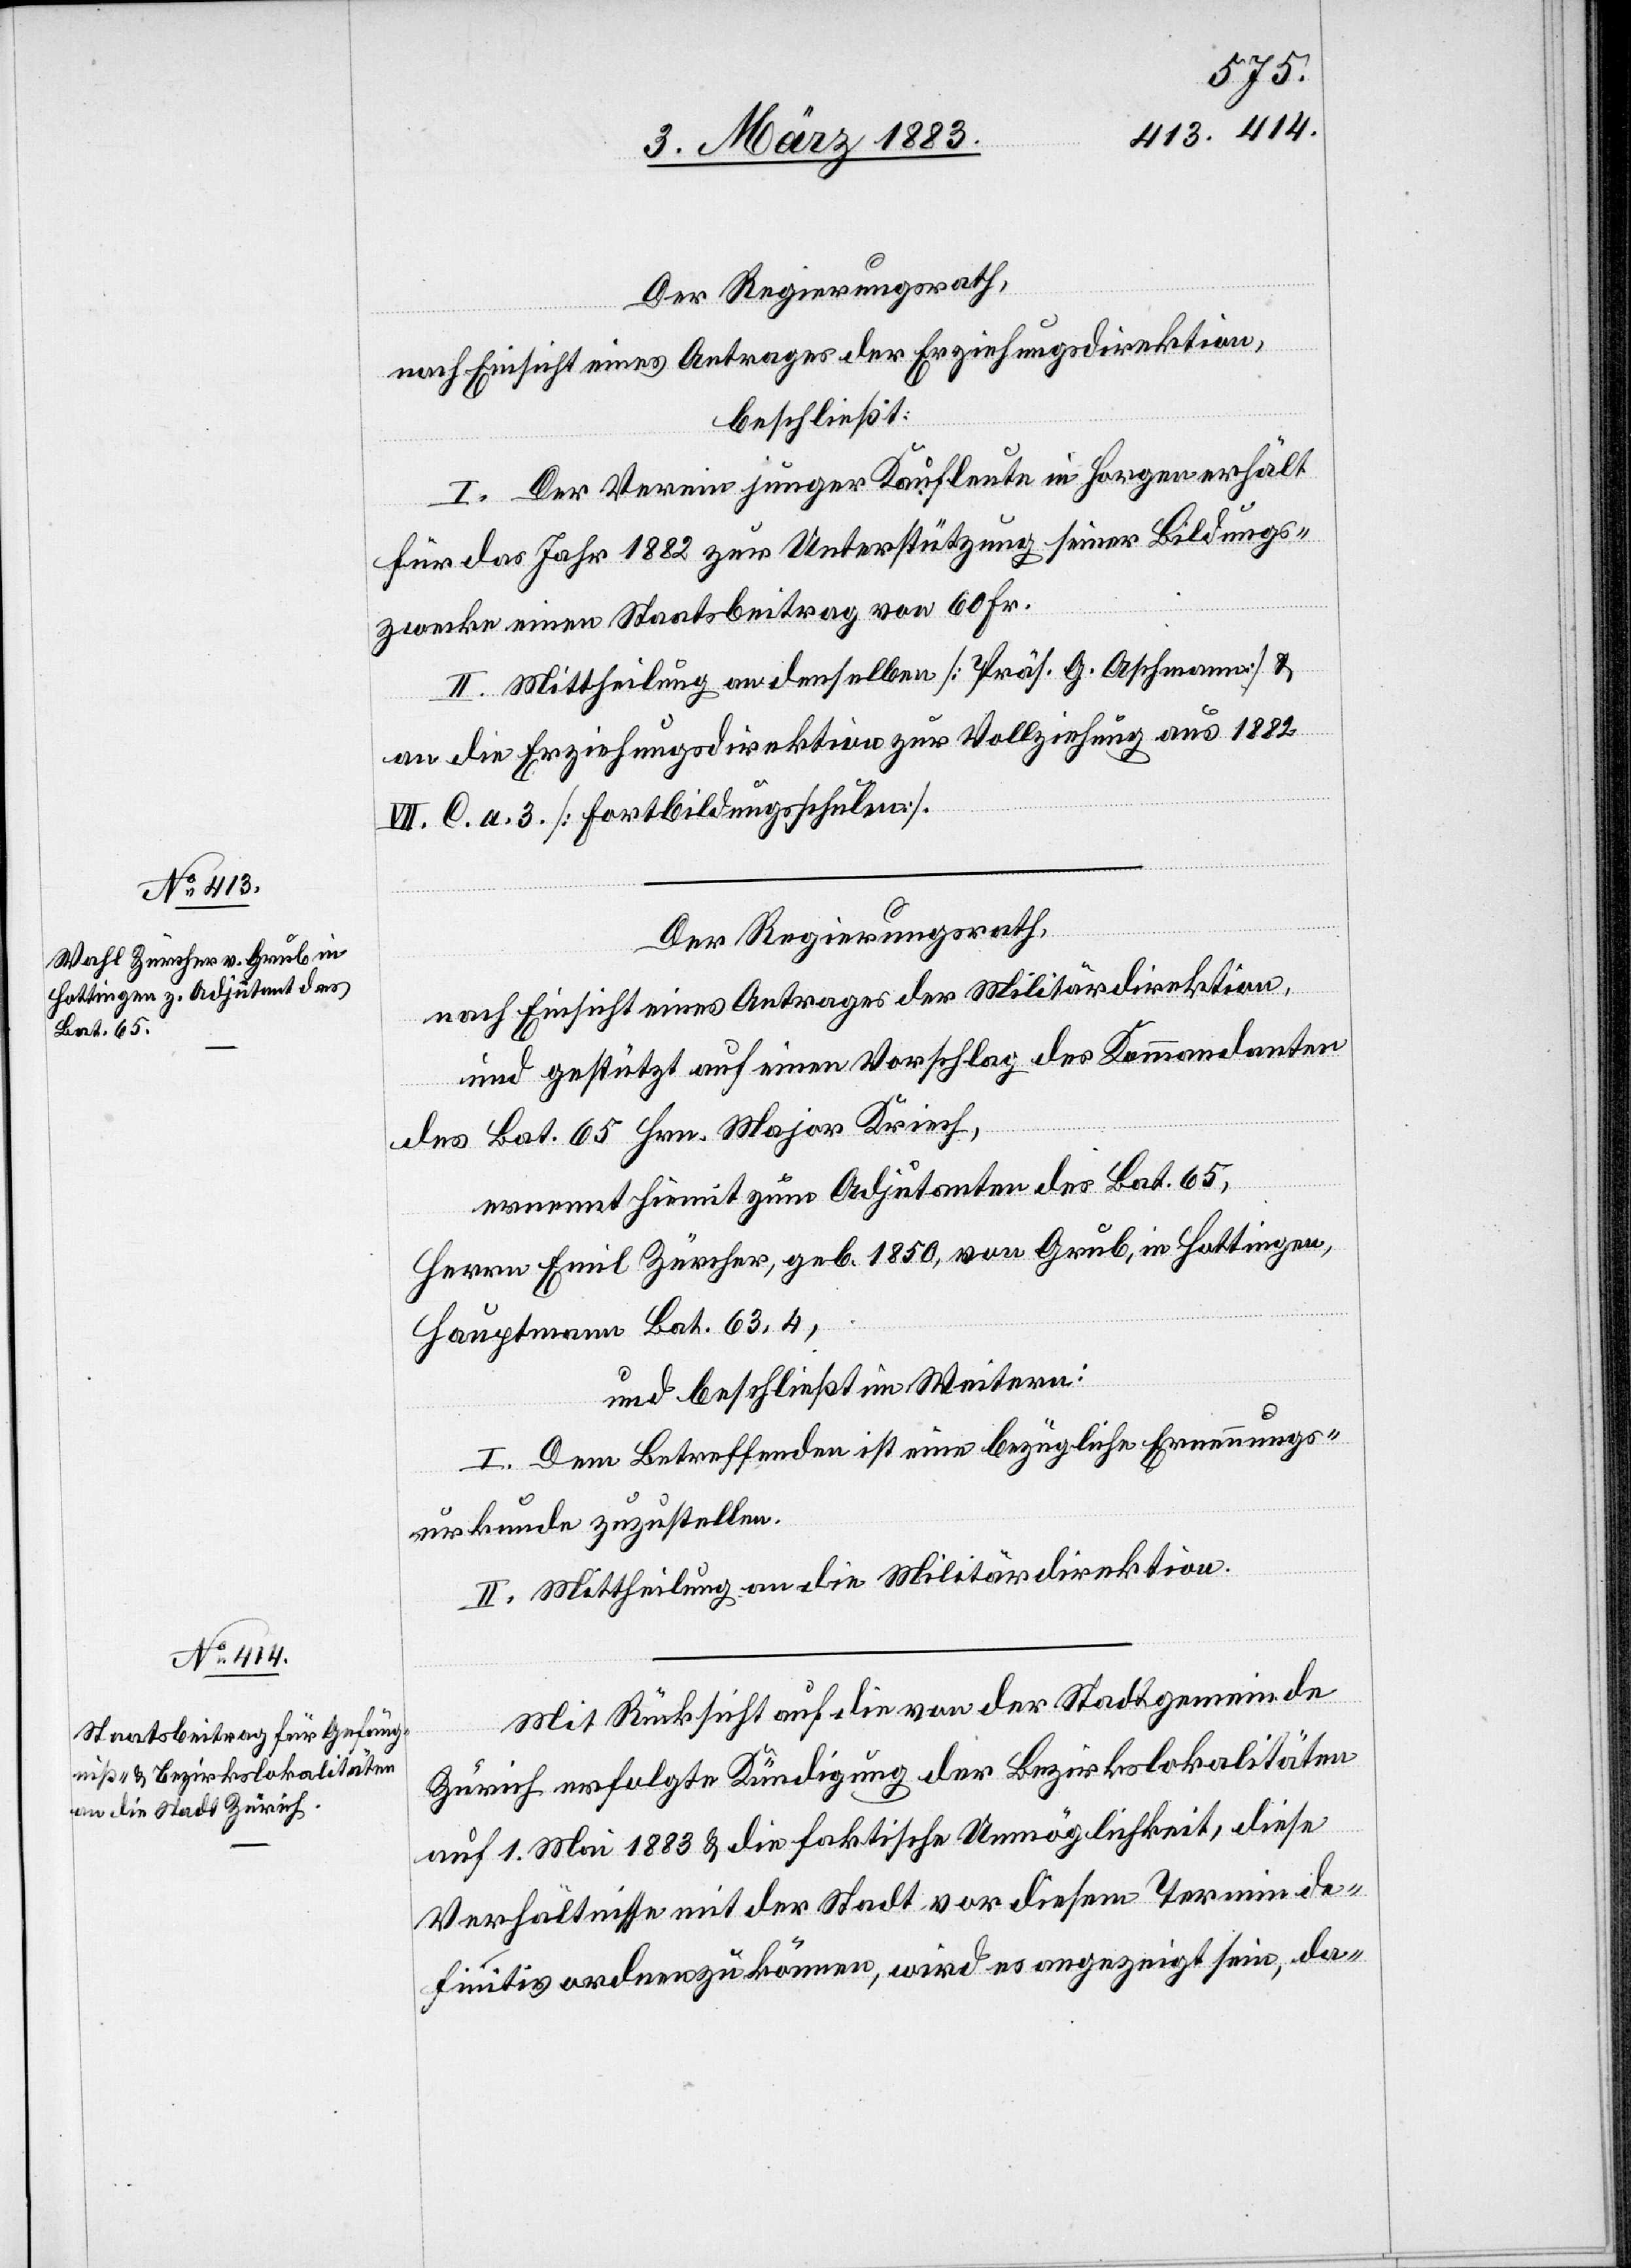
nach Einsicht eines Antrages der Erziehungsdirektion,
beschließt:
I. Der Verein junger Kaufleute in Horgen erhält
für das Jahr 1882 zur Unterstützung seiner Bildungs¬
zwecke einen Staatsbeitrag von 60 Fr.
II. Mittheilung an denselben [Präsident G. Aschmann] &
an die Erziehungsdirektion zur Vollziehung aus 1882
VII. C. A. 3. [Fortbildungsschulen].
Der Regierungsrath,
nach Einsicht eines Antrages der Militärdirektion,
und gestützt auf einen Vorschlag des Kommandanten
des Bat. 65 Hrn. Major Kriech,
ernennt hiemit zum Adjutanten des Bat. 65,
Herrn Emil Zürcher, geb. 1850, von Grub, in Hottingen,
Hauptmann Bat. 63, 4,
und beschließt im Weitern:
I. Dem Betreffenden ist eine bezügliche Ernennungs¬
urkunde zuzustellen.
II. Mittheilung an die Militärdirektion.
Mit Rücksicht auf die von der Stadtgemeinde
Zürich erfolgte Kündigung der Bezirkslokalitäten
auf 1. Mai 1883 & die faktische Unmöglichkeit, diese
Verhältnisse mit der Stadt vor diesem Termin de¬
finitiv ordnen zu können, wird es angezeigt sein, da-